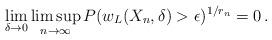
LaTeX: \begin{align*} \lim_{\delta\to0}\limsup_{n\to\infty}P(w_L(X_n,\delta)>\epsilon)^{1/r_n}=0\,.\end{align*}